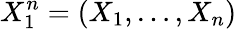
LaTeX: X_{1}^{n}=(X_{1},\dots,X_{n})